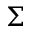
\Sigma